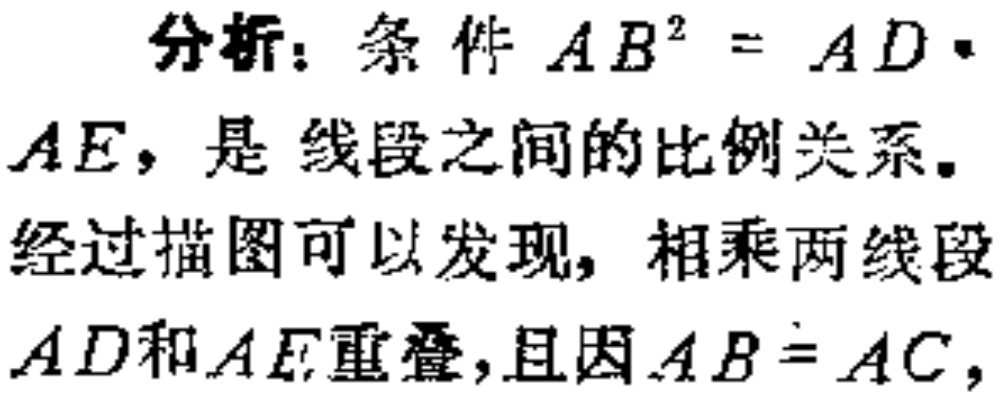
分析：条件 \(AB^{2}=AD\cdot AE\)，是线段之间的比例关系。
经过描图可以发现，相乘两线段 \(AD\)和 \(AE\)重叠，且因 \(AB = AC\)，